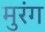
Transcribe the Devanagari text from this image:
मुरंग